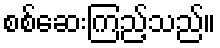
စစ်ဆေးကြည့်သည်။